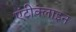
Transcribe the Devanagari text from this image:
एंटीक्लाइन